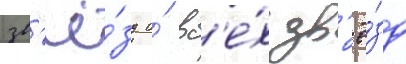
зв'ё́зд и́ вс'е́х зв'ё́зд